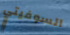
السوفيتي